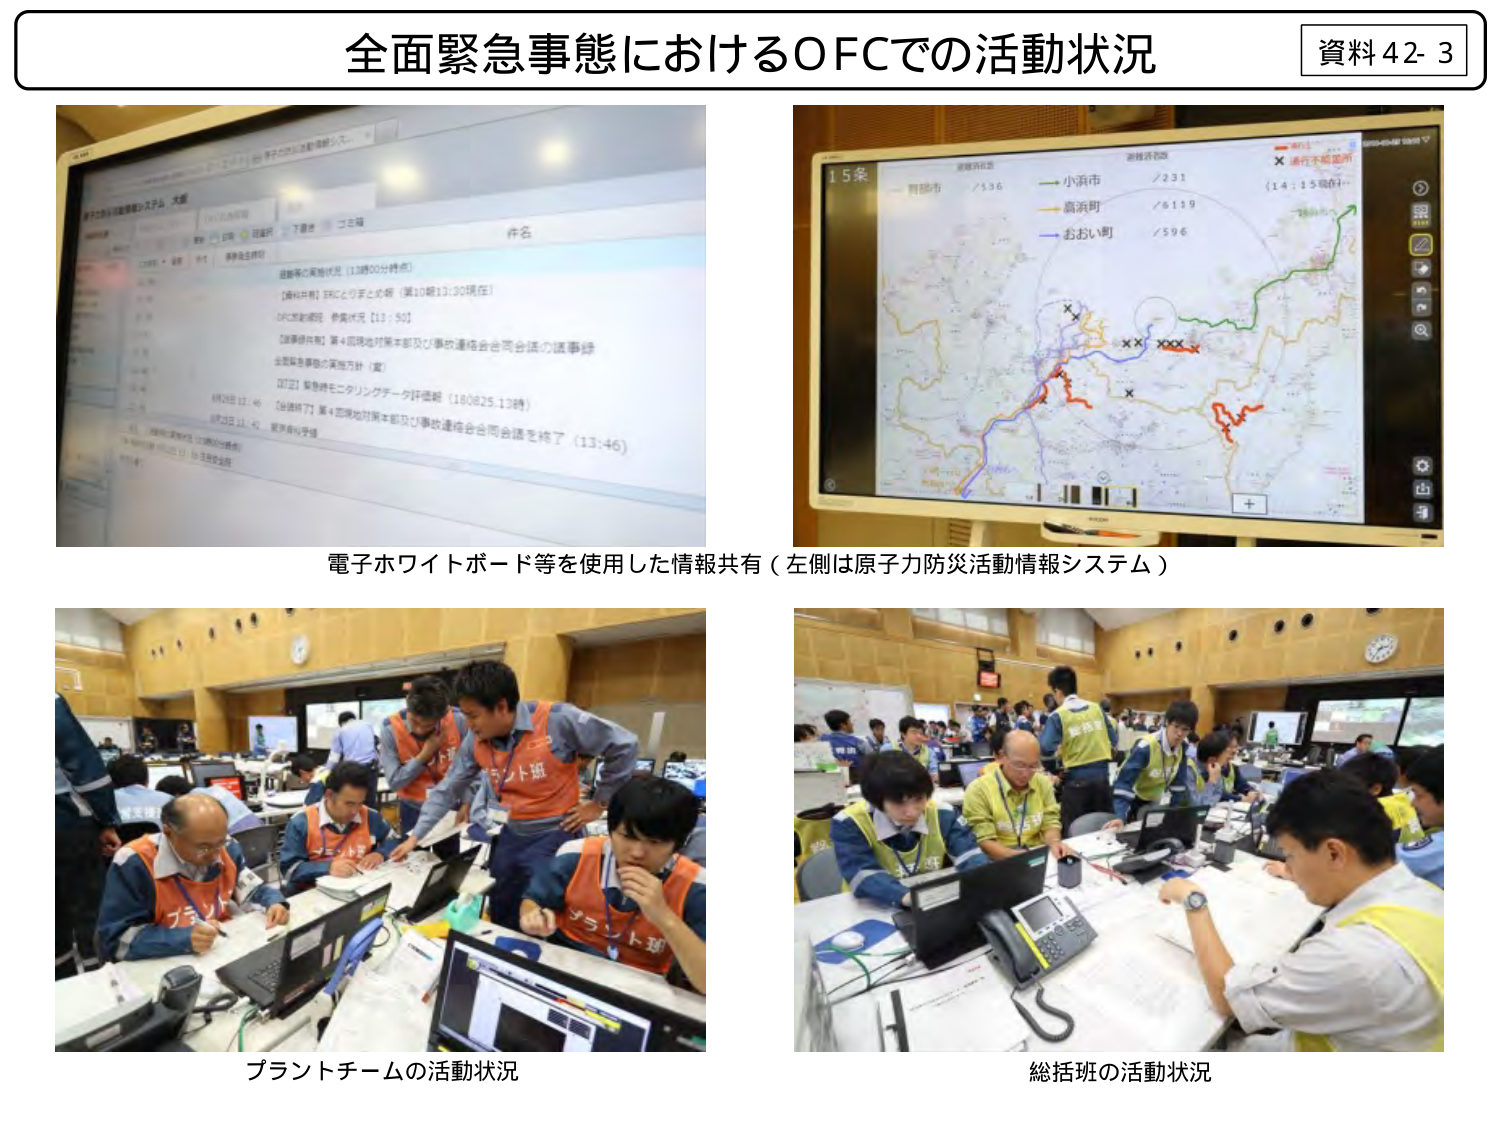
全面緊急事態におけるOFCでの活動状況
資料42-3

電子ホワイトボード等を使用した情報共有（左側は原子力防災活動情報システム）

15条
避難所状況
避難所状況
小浜市 /231
高浜町 /619
おおい町 /596
（14:15現在）
× 通行不能箇所

件名
避難等の実施状況（13時00分時点）
【資料共有】ERCとひまつめ板（第10報13:30現在）
OFC活動状況 作業状況（13:50）
【資料共有】第4回現地対策本部及び事故連絡合同会議の議事録
全資料参照の実施方法（案）
0721 緊急時モニタリングデータ評価班（180825.13時）
【会議終了】第4回現地対策本部及び事故連絡合同会議を終了（13:46）

プラントチームの活動状況

総括班の活動状況